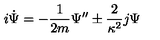
i \dot { \Psi } = - \frac { 1 } { 2 m } \Psi ^ { \prime \prime } \pm \frac { 2 } { \kappa ^ { 2 } } j \Psi